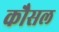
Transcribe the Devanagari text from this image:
कौसल